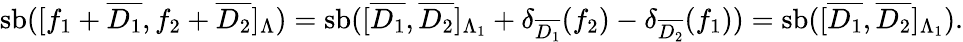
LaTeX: \operatorname{sb}([f_{1}+\overline{{D_{1}}},f_{2}+\overline{{D_{2}}}]_{\Lambda})=\operatorname{sb}([\overline{{D_{1}}},\overline{{D_{2}}}]_{\Lambda_{1}}+\delta_{\overline{{D_{1}}}}(f_{2})-\delta_{\overline{{D_{2}}}}(f_{1}))=\operatorname{sb}([\overline{{D_{1}}},\overline{{D_{2}}}]_{\Lambda_{1}}).